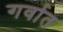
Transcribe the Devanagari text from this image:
गर्वात